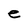
Character: e